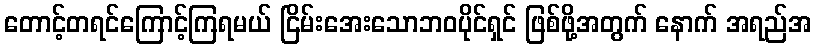
တောင့်တရင်ကြောင့်ကြရမယ် ငြိမ်းအေးသောဘဝပိုင်ရှင် ဖြစ်ဖို့အတွက် နောက် အရည်အ